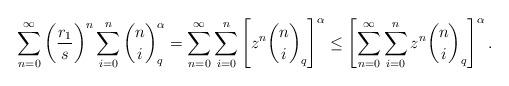
LaTeX: \begin{align*}\sum_{n=0}^\infty \bigg(\frac{r_1}s\bigg)^n \sum_{i=0}^n {n\choose i}_q ^\alpha=\sum_{n=0}^\infty\sum_{i=0}^n\left[z^n{n\choose i}_q\right]^\alpha \le\left[\sum_{n=0}^\infty\sum_{i=0}^n z^n{n\choose i}_q\right]^\alpha.\end{align*}